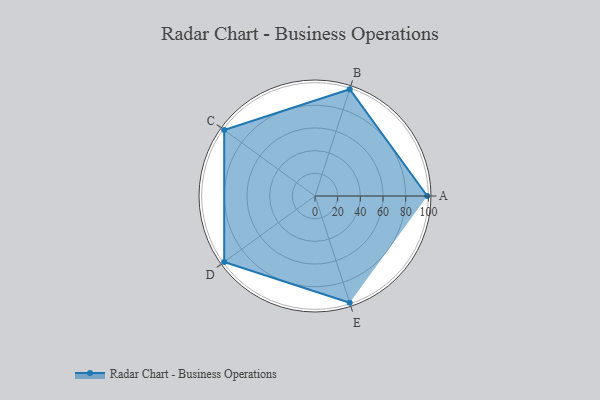
{"axis": {"x": "Skill", "y": "Score"}, "legend": ["Profile"], "data": [{"x": "A", "y": 99, "type": "Profile"}, {"x": "B", "y": 99, "type": "Profile"}, {"x": "C", "y": 99, "type": "Profile"}, {"x": "D", "y": 99, "type": "Profile"}, {"x": "E", "y": 99, "type": "Profile"}]}